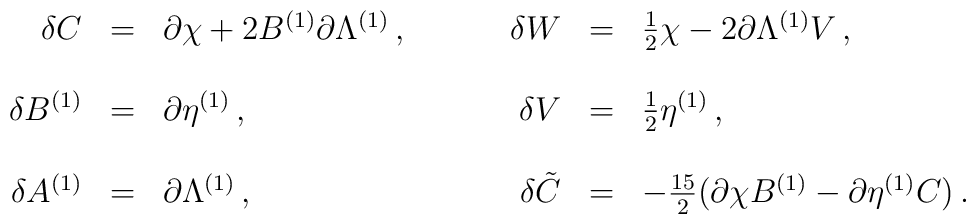
\begin{array}{rclrcl}\delta C & = & \partial \chi + 2B^{(1)}\partial\Lambda^{(1)}\, ,\hspace{1cm} &\delta W & = & \frac{1}{2}\chi -2 \partial\Lambda^{(1)} V\, , \\& & & & & \\\delta B^{(1)} & = & \partial \eta^{(1)}\, ,&\delta V & = & \frac{1}{2}\eta^{(1)}\, , \\& & & & & \\\delta A^{(1)} & = & \partial \Lambda^{(1)}\, ,&\delta \tilde C & = & -\frac{15}{2} \bigl (\partial\chi B^{(1)}-\partial\eta^{(1)} C\bigr )\, .\end{array}